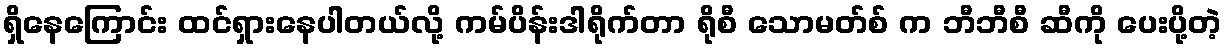
ရှိနေကြောင်း ထင်ရှားနေပါတယ်လို့ ကမ်ပိန်းဒါရိုက်တာ ရိုစီ သောမတ်စ် က ဘီဘီစီ ဆီကို ပေးပို့တဲ့